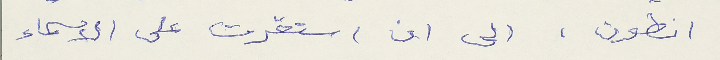
انطون، الى ان استقرت على الاسماء